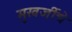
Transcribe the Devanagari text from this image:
मुखर्जीचे